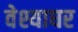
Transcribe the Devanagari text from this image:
वेश्याघर